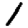
Digit: 1